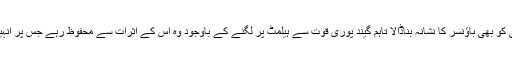
جوفرا آرچر نے سٹیو سمتھ کے متبادل کے طور پر آنے والے کرکٹر مارنس لبوشنگی کو بھی باؤنسر کا نشانہ بناڈالا تاہم گیند پوری قوت سے ہیلمٹ پر لگنے کے باوجود وہ اس کے اثرات سے محفوظ رہے جس پر انہیں خاصی تنقید کا نشانہ بنایا جا رہا ہے تاہم آرچر نے اس تنقید کو بے جا قرار دیا ہے۔